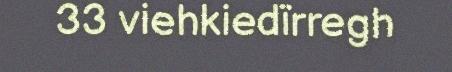
33 viehkiedïrregh